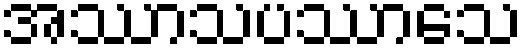
အဿာသပဿာသေ